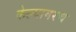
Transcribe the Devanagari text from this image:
केल्यावरच